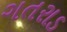
ગતરાડ